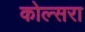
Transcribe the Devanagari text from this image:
कोल्‍सरा